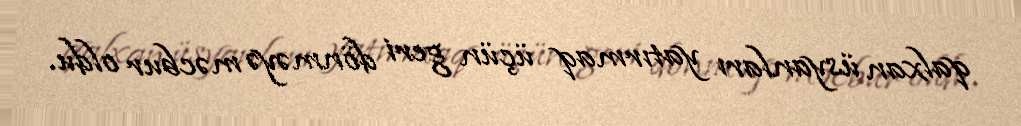
qalxan üsyanları yatırmaq üçün geri dönməyə məcbur oldu.